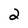
Character: 2